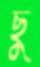
ছু